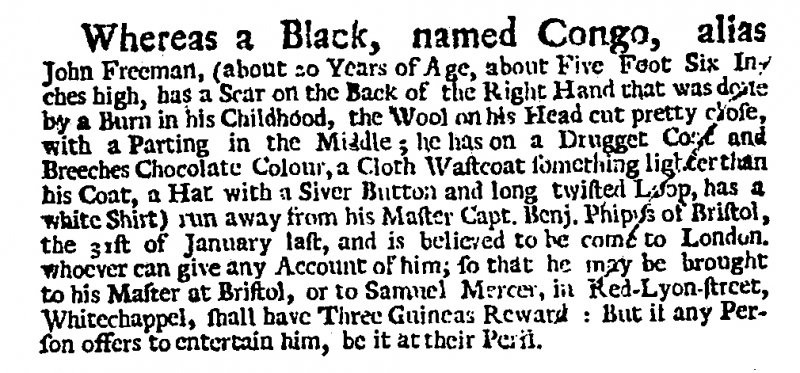
Daily Courant, 10 February 1727 (England)
Whereas a Black, named Congo, alias John Freeman (about 20 Years of Age, about Five Foot Six Inches high, has a Scar on the Back of the Right Hand that was done by a Burn in his Childhood, the Wool on his Head cut pretty close, with a Parting in the Middle; he has on a Drugget Coat and Breeches Chocolate Colour, a Cloth Wastcoat something lighter than his Coat, a Hat with a Silver Button and long twisted Loop, has a white Shirt) run way from his Master Capt. Benj. Phip[p]s of Bristol, the 31st of January last, and is believed to be come to London. whoever can give any Account of him; so that he may be brought to his Master at Bristol, or to Samuel Mercer, in Red-Lyon-street, Whitechappel, shall have Three Guineas Reward: But if any Person offers to entertain him, be it at their Peril.